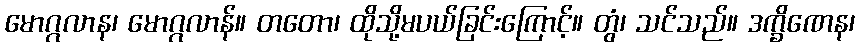
မောဂ္ဂလာန၊ မောဂ္ဂလာန်။ တတော၊ ထိုသို့မပယ်ခြင်းကြောင့်။ တွံ၊ သင်သည်။ ဒက္ခိဏေန၊